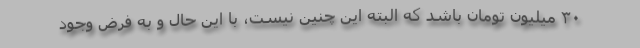
۳۰ میلیون تومان باشد که البته این چنین نیست، با این حال و به فرض وجود